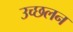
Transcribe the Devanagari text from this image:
उच्छलन